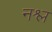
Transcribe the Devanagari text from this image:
नश्ल